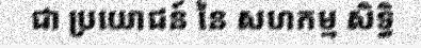
ជា ប្រយោជន៍ នៃ សហកម្ម សិទ្ធិ